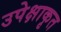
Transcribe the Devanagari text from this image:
उपेक्षाकृत